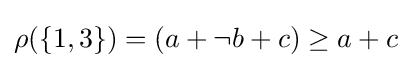
{\textstyle \rho (\{1,3\})=(a+\neg b+c)\geq a+c}